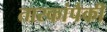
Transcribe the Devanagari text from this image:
तारकांपैकीं